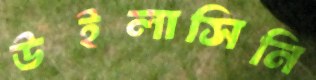
উইলাসিনি